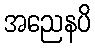
အညေနပိ